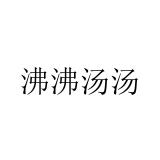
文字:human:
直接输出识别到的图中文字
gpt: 沸沸汤汤